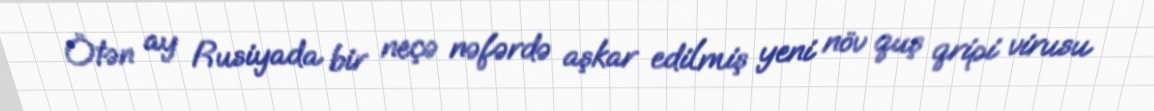
Ötən ay Rusiyada bir neçə nəfərdə aşkar edilmiş yeni növ quş qripi virusu